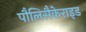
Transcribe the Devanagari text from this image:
पौलिसैकेराइड